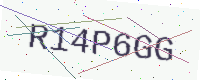
Text: R14P6GG